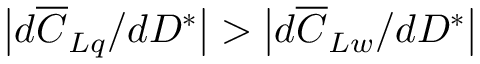
\left| d \overline { { C } } _ { L q } / d D ^ { * } \right| > \left| d \overline { { C } } _ { L w } / d D ^ { * } \right|